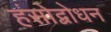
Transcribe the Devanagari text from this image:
हंसोद्बोधन